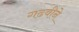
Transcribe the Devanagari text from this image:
गढवीने